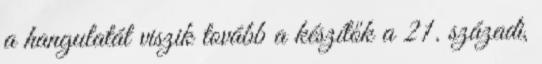
a hangulatát viszik tovább a készítők a 21. századi,